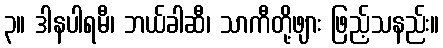
၃။ ဒါနပါရမီ၊ ဘယ်ခါဆီ၊ သာကီတို့ဖျား ဖြည့်သနည်း။